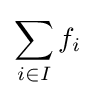
\sum \limits _{i\in I}f_{i}